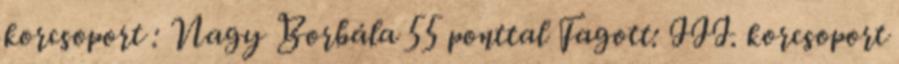
korcsoport : Nagy Borbála 55 ponttal Fagott: III. korcsoport